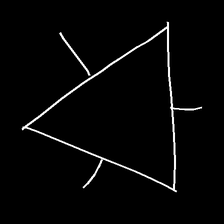
Glyph: fire